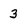
Character: 3